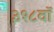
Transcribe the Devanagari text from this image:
३१८वॉ